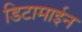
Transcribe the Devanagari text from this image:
डिटामाईन